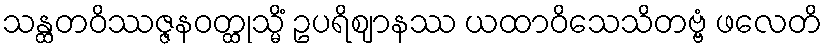
သန္ထတဝိဿဇ္ဇနဝတ္ထုသ္မိံ ဥပရိဈာနဿ ယထာဝိသေသိတဗ္ဗံ ဖလေတိ